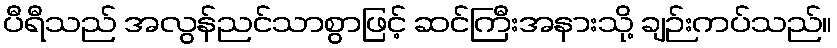
ပီရီသည် အလွန်ညင်သာစွာဖြင့် ဆင်ကြီးအနားသို့ ချဉ်းကပ်သည်။